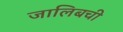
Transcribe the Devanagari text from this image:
जालिबची